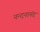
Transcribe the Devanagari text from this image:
नन्दनानंद